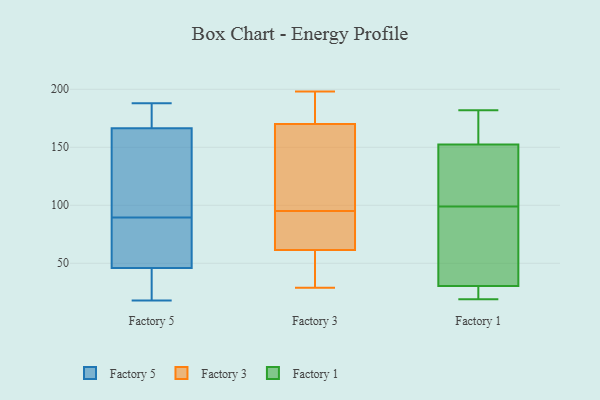
{"axis": {"x": "Net Income (USD K)", "y": "Value"}, "legend": ["Factory 1", "Factory 3", "Factory 5"], "data": [{"x": "", "y": 32, "type": "Factory 5"}, {"x": "", "y": 18, "type": "Factory 5"}, {"x": "", "y": 152, "type": "Factory 5"}, {"x": "", "y": 171, "type": "Factory 5"}, {"x": "", "y": 82, "type": "Factory 5"}, {"x": "", "y": 29, "type": "Factory 5"}, {"x": "", "y": 83, "type": "Factory 5"}, {"x": "", "y": 166, "type": "Factory 5"}, {"x": "", "y": 60, "type": "Factory 5"}, {"x": "", "y": 188, "type": "Factory 5"}, {"x": "", "y": 96, "type": "Factory 5"}, {"x": "", "y": 167, "type": "Factory 5"}, {"x": "", "y": 112, "type": "Factory 3"}, {"x": "", "y": 182, "type": "Factory 3"}, {"x": "", "y": 178, "type": "Factory 3"}, {"x": "", "y": 166, "type": "Factory 3"}, {"x": "", "y": 29, "type": "Factory 3"}, {"x": "", "y": 198, "type": "Factory 3"}, {"x": "", "y": 89, "type": "Factory 3"}, {"x": "", "y": 76, "type": "Factory 3"}, {"x": "", "y": 76, "type": "Factory 3"}, {"x": "", "y": 174, "type": "Factory 3"}, {"x": "", "y": 122, "type": "Factory 3"}, {"x": "", "y": 101, "type": "Factory 3"}, {"x": "", "y": 187, "type": "Factory 3"}, {"x": "", "y": 35, "type": "Factory 3"}, {"x": "", "y": 63, "type": "Factory 3"}, {"x": "", "y": 46, "type": "Factory 3"}, {"x": "", "y": 60, "type": "Factory 3"}, {"x": "", "y": 77, "type": "Factory 3"}, {"x": "", "y": 33, "type": "Factory 3"}, {"x": "", "y": 159, "type": "Factory 3"}, {"x": "", "y": 93, "type": "Factory 1"}, {"x": "", "y": 31, "type": "Factory 1"}, {"x": "", "y": 160, "type": "Factory 1"}, {"x": "", "y": 64, "type": "Factory 1"}, {"x": "", "y": 30, "type": "Factory 1"}, {"x": "", "y": 145, "type": "Factory 1"}, {"x": "", "y": 19, "type": "Factory 1"}, {"x": "", "y": 105, "type": "Factory 1"}, {"x": "", "y": 25, "type": "Factory 1"}, {"x": "", "y": 182, "type": "Factory 1"}, {"x": "", "y": 174, "type": "Factory 1"}, {"x": "", "y": 127, "type": "Factory 1"}]}